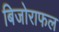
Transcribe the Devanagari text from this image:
बिजोराफल